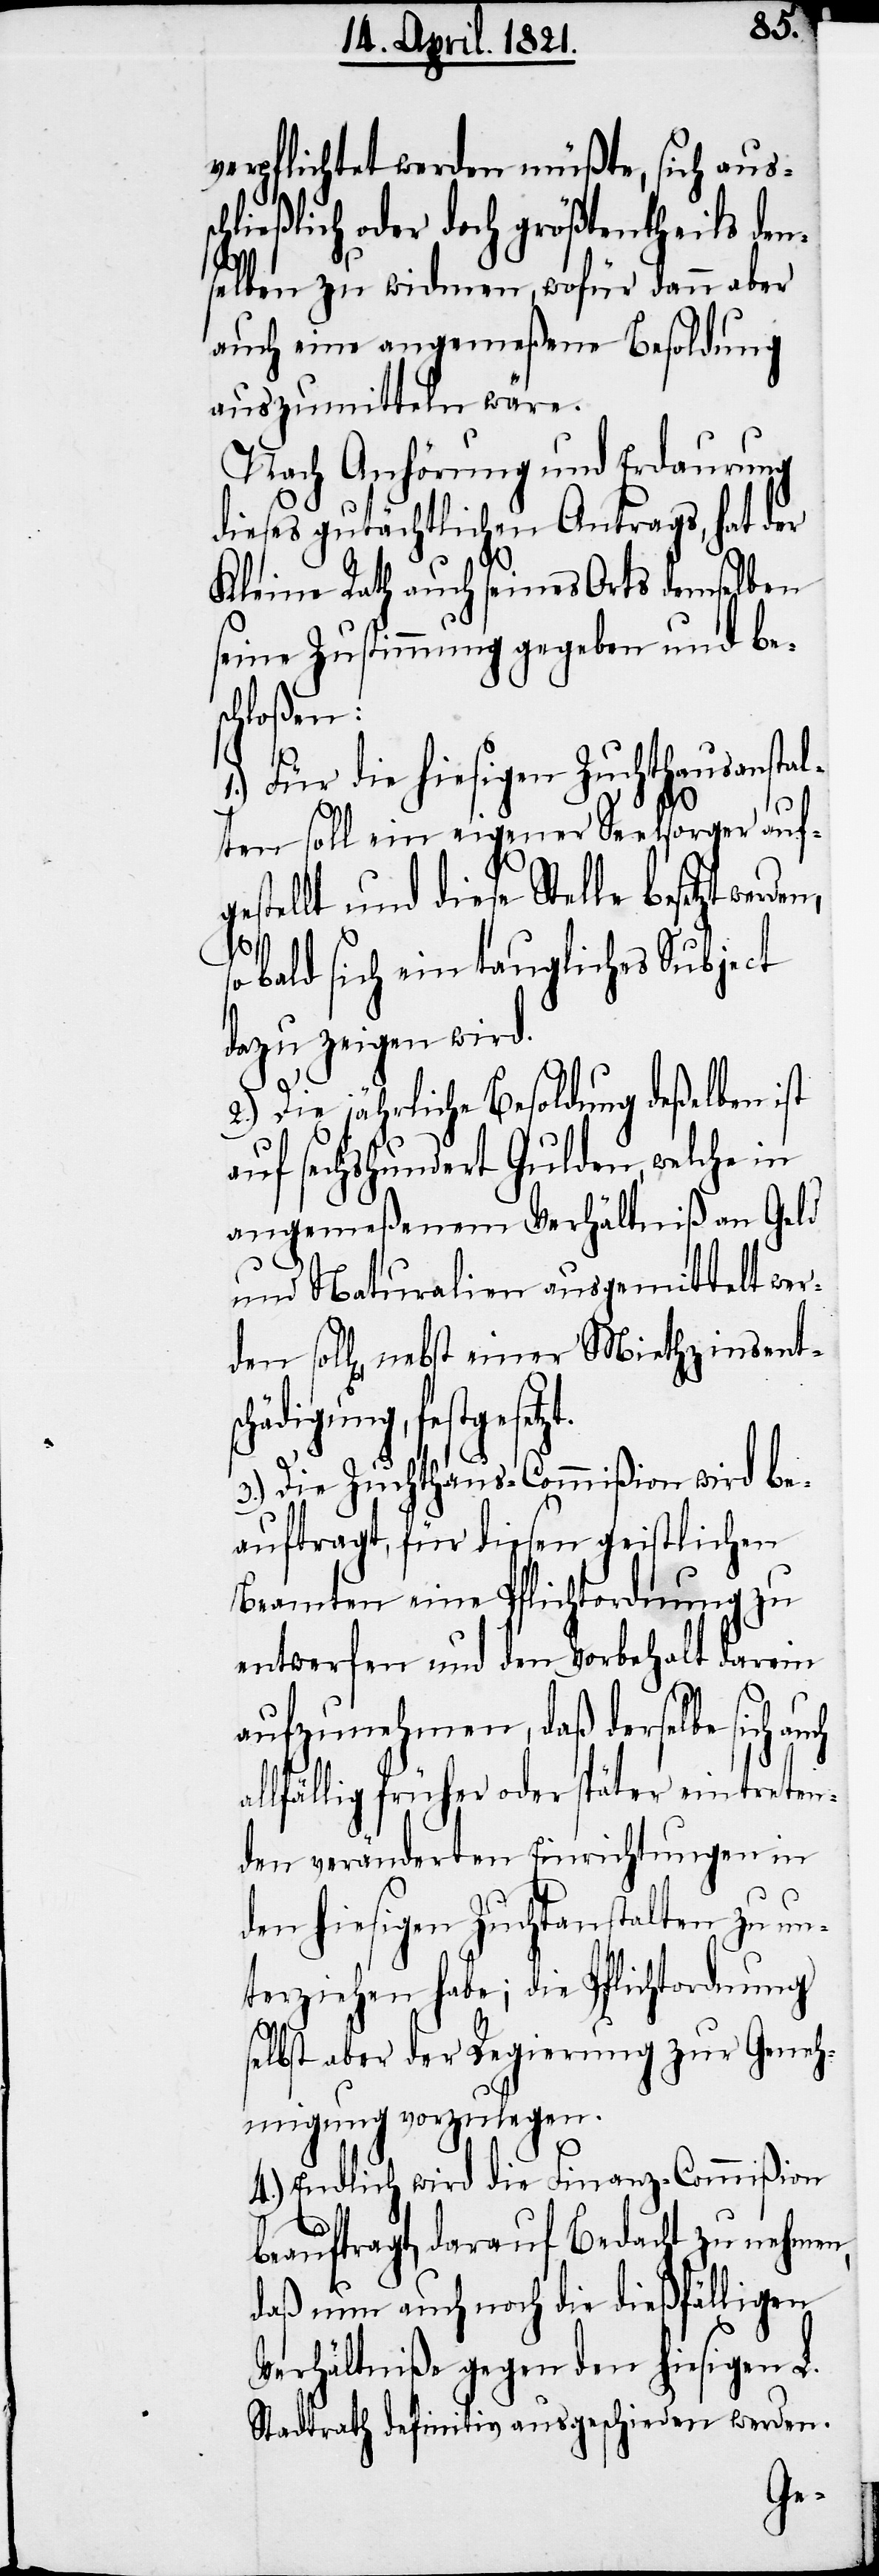
verpflichtet werden müße, sich aus¬
hließlich oder doch größtentheils den¬
selben zu widmen, wofür dann aber
auch eine angemeßene Besoldung
auszumitteln wäre.
Nach Anhörung und Erdaurung
dieses gutächtlichen Antrags, hat der
Kleine Rath auch seines Orts demselben
seine Zustimmung gegeben und bes¬
chloßen:
1.) Für die hiesigen Zuchthausanstal¬
ten soll ein eigener Seelsorger auf¬
gestellt und diese Stelle besetzt wer¬
al¬
o bald sich ein taugliches Subject
dazu zeigen wird.
2.) Die jährliche Besoldung deßelben ist
auf sechshundert Gulden, welche in
angemeßenem Verhältniß an Geld
und Naturalien ausgemittelt we¬
l[en], nebst einer Miethzinsent¬
tgesetzt.
3.) Die Zuchthaus-Commißion wird be¬
auftragt, für diesen geistlichen
Beamten eine Pflichtordnung zu
entwerfen und den Vorbehalt darein
aufzunehmen, daß derselbe sich
lfällig früher oder später eintreten¬
den veränderten Einrichtungen in
den hiesigen Zuchtanstalten zu un¬
terziehen habe; die Pflichtordnung
selbst aber der Regierung zur Geneh¬
migung vorzulegen.
4.) Endlich wird die Finanz-Commißion
beauftragt, darauf Bedacht zu nehmen,
daß nun auch noch die dießfälligen
Verhältniße gegen den hiesigen L.
Stadtrath definitiv ausgeschieden werden.